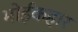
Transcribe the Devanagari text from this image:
भोईकहार